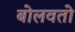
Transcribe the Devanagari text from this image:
बोलवतो